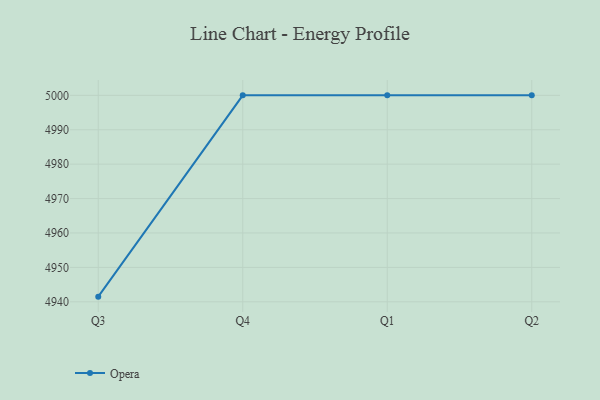
{"axis": {"x": "Quarter", "y": "Active Users"}, "legend": ["Opera"], "data": [{"x": "Q3", "y": 4941.5, "type": "Opera"}, {"x": "Q4", "y": 5000, "type": "Opera"}, {"x": "Q1", "y": 5000, "type": "Opera"}, {"x": "Q2", "y": 5000, "type": "Opera"}]}